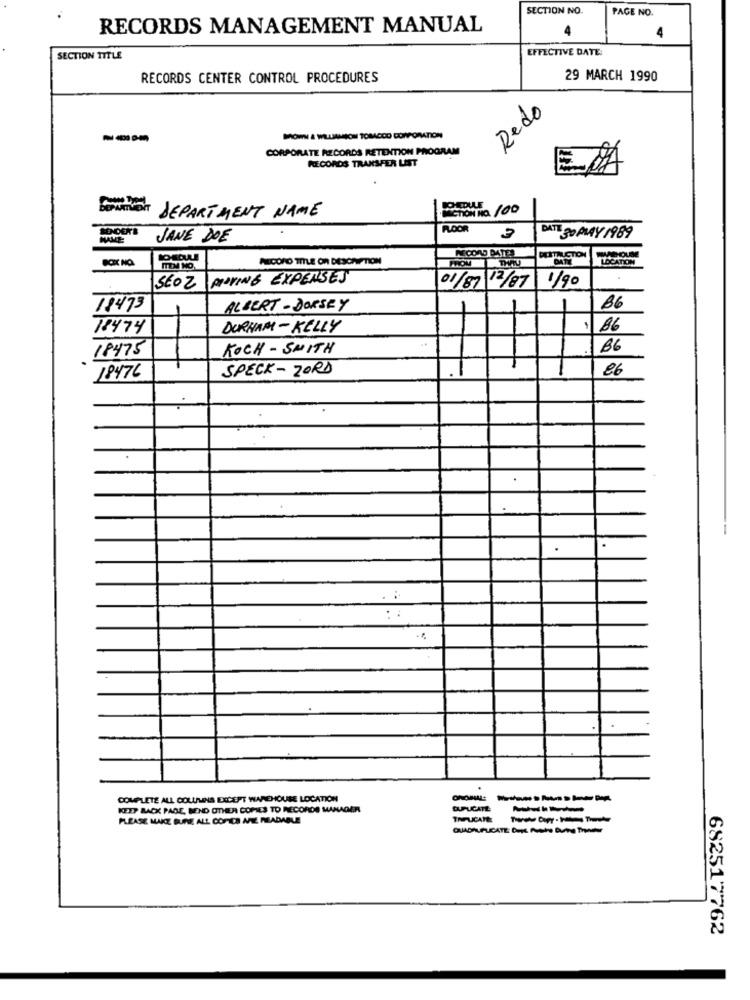
SECTION NO.
PAGE NO.
RECORDS MANAGEMENT MANUAL
4
EFFECTIVE DATE:
SECTION TTTLE
RECORDS CENTER CONTROL PROCEDURES
29 MARCH 1990
Redo
---
CORPORATE RECORDS RETENTION PROGRAM
RECORDS TRANSFER LIST
DEPARTMENT NAME
SENDERS
Roo
NAME
JANE DOE
ATT 30 PLAY 1989
PERTRUCTION
PANICONO TITLE OR DESCRIPTION
DATE
LOCATION
PIPING EXPENSES
01/87 12/87
1/90
SEOZ
19473
ALBERT - DORSEY
B6
18474
DURHAM- KELLY
86
18475
KOCH - SMITH
66
SPECK- ZORD
86
18476
COMPLETE ALL COLUMNS EXCEPT WAREHOUSE LOCATION
----
KEEP BACK PAGE, BEND OTHER COMES TO RECORDS MANAGER
DUPLICATE
PLEASE MAKE SURE ALL COPIES AMIE READABLE
QUADRUPLICATE Dije Avere During Tratar
682517762